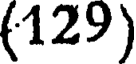
(129)